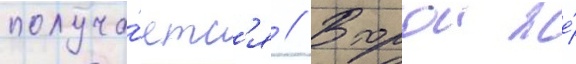
получа́етс'я // Второи же́